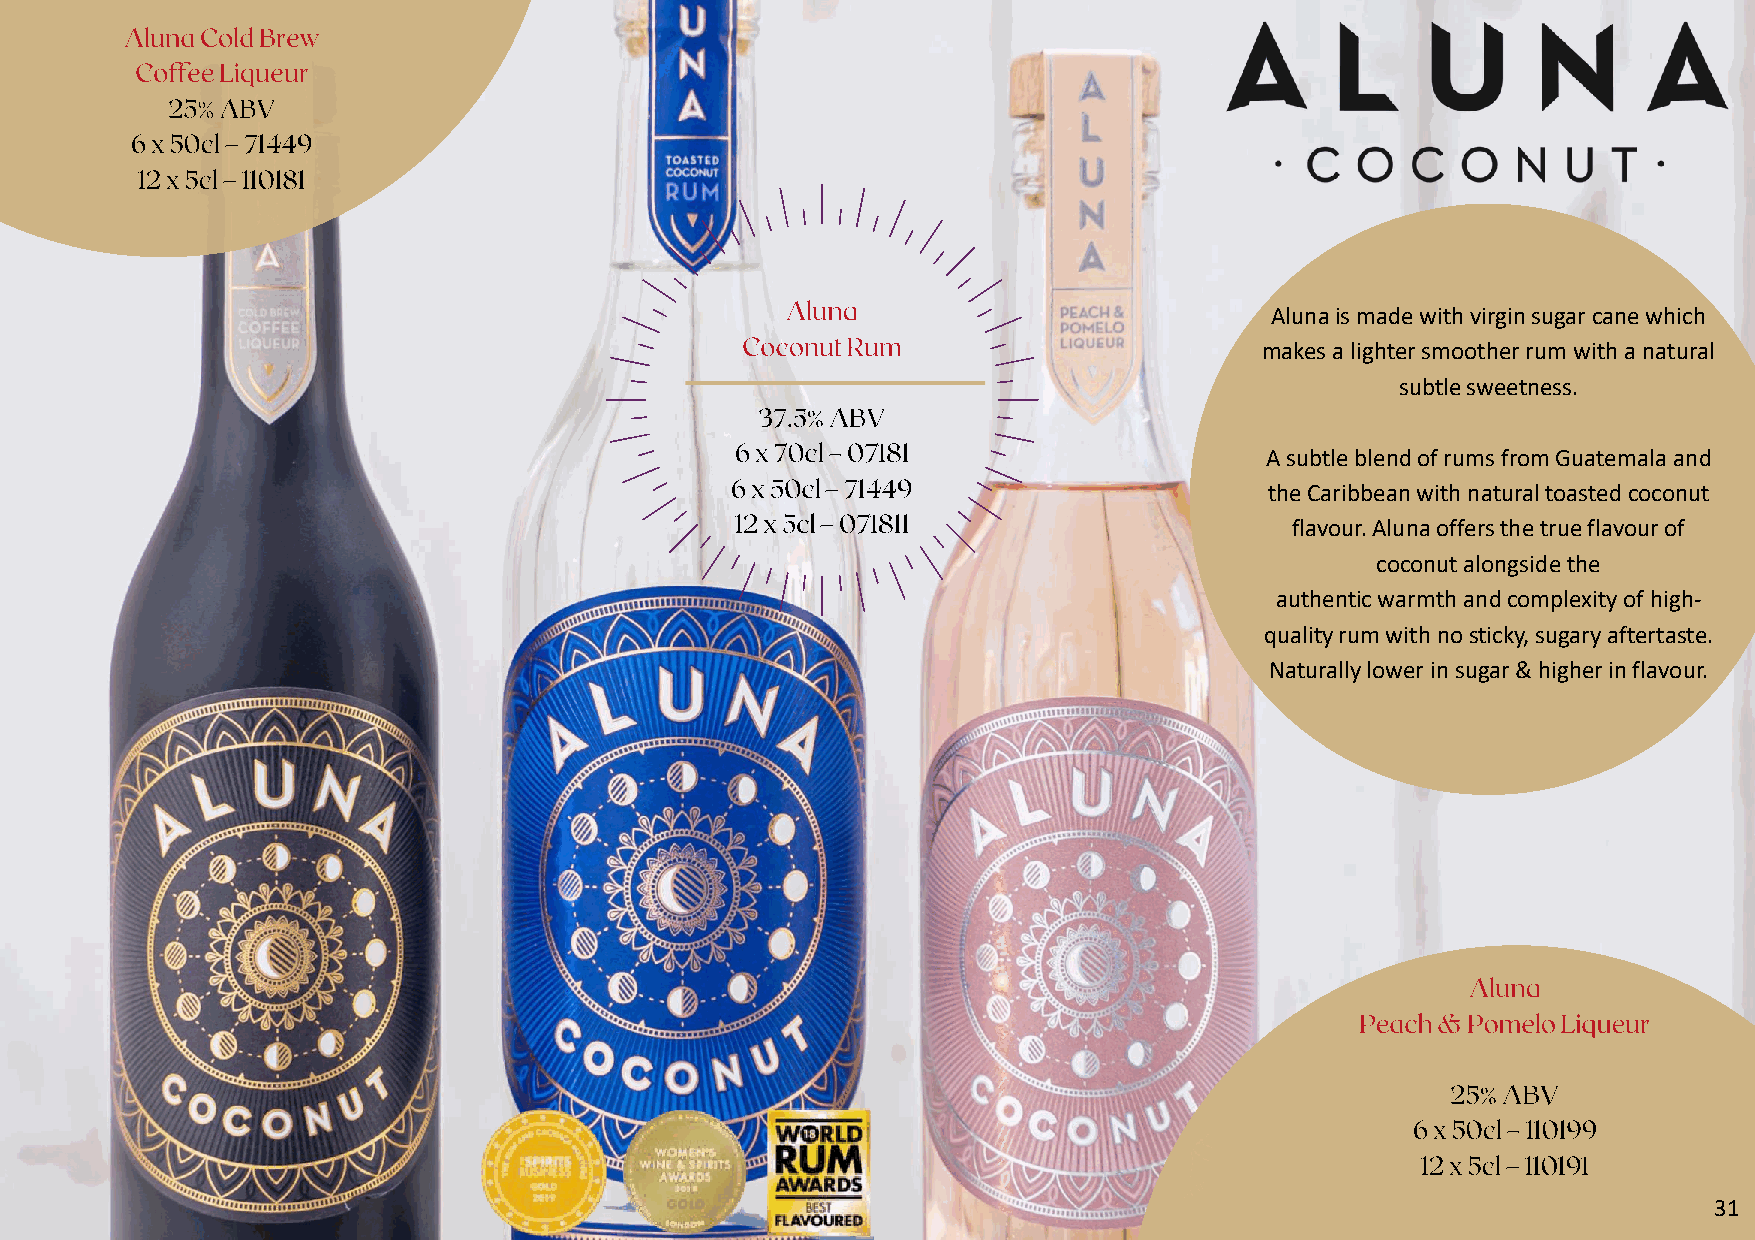
Alunais made with virgin sugar cane which
 makes a lighter smoother rum with a natural
 subtle sweetness.
 A subtle blend of rums from Guatemala and
 the Caribbean with natural toasted coconut
 flavour. Alunaoffers the true flavour of
 coconut alongside the
 authentic warmth and complexity of high-
 quality rum with no sticky, sugary aftertaste.
 Naturally lower in sugar & higher in flavour.
 31